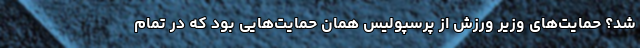
شد؟ حمایت‌های وزیر ورزش از پرسپولیس همان حمایت‌هایی بود که در تمام